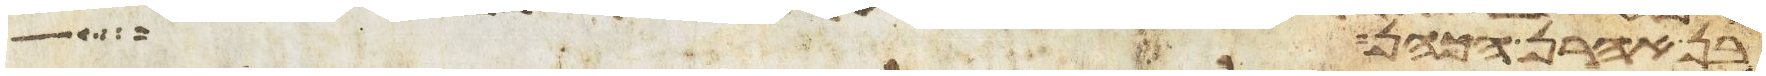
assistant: בן אהרן הכהן